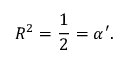
R ^ { 2 } = \frac { 1 } { 2 } = \alpha ^ { \prime } .